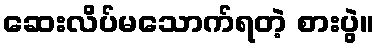
ဆေးလိပ်မသောက်ရတဲ့ စားပွဲ။